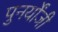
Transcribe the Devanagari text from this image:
पुनर्योंजी